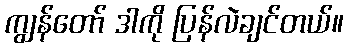
ကျွန်တော် ဒါကို ပြန်လဲချင်တယ်။